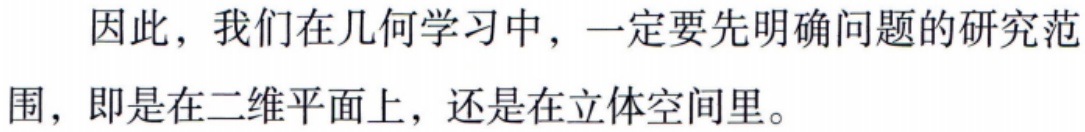
因此，我们在几何学习中，一定要先明确问题的研究范围，即是在二维平面上，还是在立体空间里。